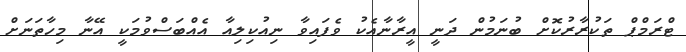
ޓްރަމްޕް ތަކުރާރުކޮށް ބުނަމުން ދަނީ އީރާނާއެކު ވެފައިވާ ނިއުކިލިއާ އެއްބަސްވުމަކީ އޭނާ މިހާތަނަށް